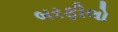
બરફીલો